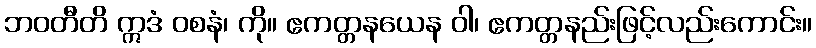
ဘဝတီတိ ဣဒံ ဝစနံ၊ ကို။ ဧကတ္တနယေန ဝါ၊ ဧကတ္တနည်းဖြင့်လည်းကောင်း။